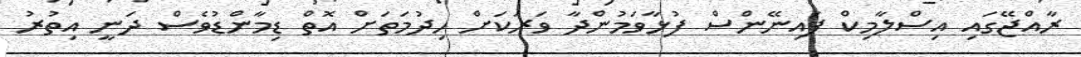
ރާއްޖޭގައި އިސްލާމިކް ފައިނޭންސް ފުޅާވަމުންދާ ވަރަކަށް ހިދުމަތަށް އޮތް ޑިމާންޑުވެސް ދަނީ އިތުރު